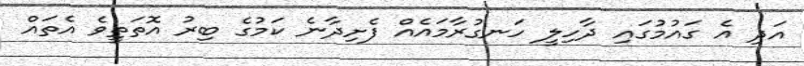
އަދި އެ ގައުމުގައި ދާހިލީ ހަނގުރާމައެއް ފެށިދާނެ ކަމުގެ ބިރު އޮތަތީވެ އެތައް